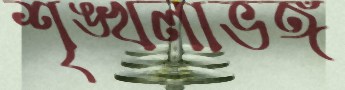
শৃঙ্খলাভঙ্গ